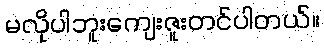
မလိုပါဘူးကျေးဇူးတင်ပါတယ်။